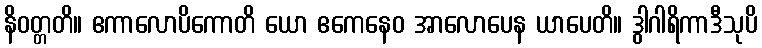
နိဝတ္တတိ။ ဧကာလောပိကောတိ ယော ဧကေနေဝ အာလောပေန ယာပေတိ။ ဒွါဂါရိကာဒီသုပိ